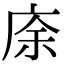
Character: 庩